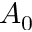
A _ { 0 }